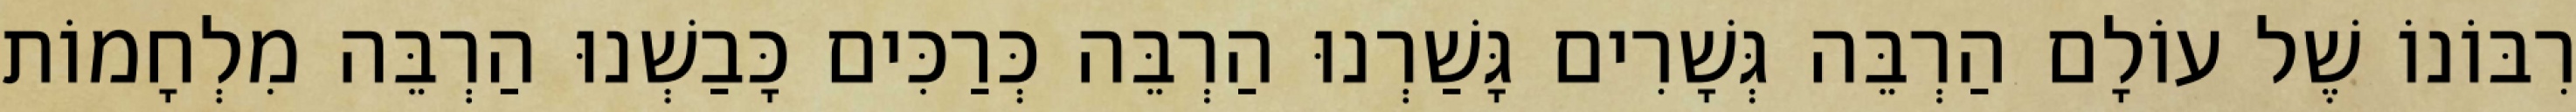
רִבּוֹנוֹ שֶׁל עוֹלָם הַרְבֵּה גְּשָׁרִים גָּשַׁרְנוּ הַרְבֵּה כְּרַכִּים כָּבַשְׁנוּ הַרְבֵּה מִלְחָמוֹת